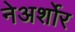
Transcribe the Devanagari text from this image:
नेअर्शोर